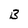
Character: B